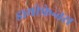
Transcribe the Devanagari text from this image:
डायोफ़ेन्तस